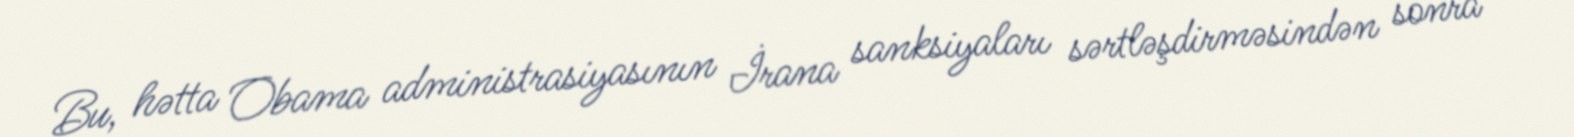
Bu, hətta Obama administrasiyasının İrana sanksiyaları sərtləşdirməsindən sonra